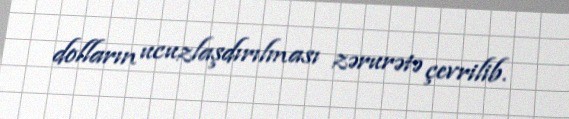
dolların ucuzlaşdırılması zərurətə çevrilib.